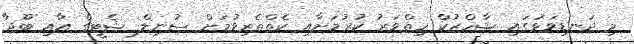
މި ދަނޑިވަޅުގައި ޝާހްރުކް ހިތްވަރު ކުރުމަށާއި ކެތްތެރިވުމަށް ސުނިލް ޝެޓީގެ އާއި ބޫޖާ